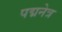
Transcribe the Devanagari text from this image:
पद्मनेत्र